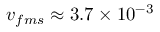
v _ { f m s } \approx 3 . 7 \times 1 0 ^ { - 3 }